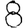
Digit: 8